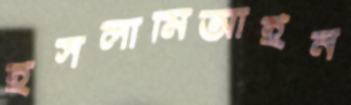
ইসলামিআইন